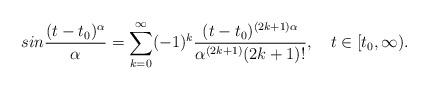
LaTeX: \begin{align*}sin \frac{(t-t_0)^\alpha}{\alpha}=\sum_{k=0}^\infty (-1)^{k}\frac {(t-t_0)^{(2k+1) \alpha}}{\alpha^{(2k+1)} (2k+1)!},~~~t\in [t_0,\infty).\end{align*}